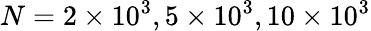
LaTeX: N=2\times 10^{3},5\times 10^{3},10\times 10^{3}